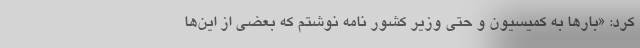
کرد: «بارها به کمیسیون و حتی وزیر کشور نامه نوشتم که بعضی از این‌ها